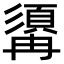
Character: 𩓾